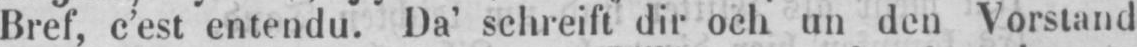
Bref, c’est entendu. Da’ schreift dir och un den Vorstand